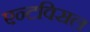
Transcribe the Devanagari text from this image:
एन्टविसल